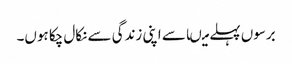
برسوں پہلے میںاسے اپنی زندگی سے نکال چکا ہوں۔